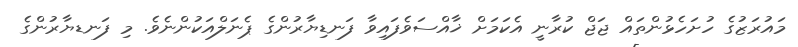
މައުރަޒުގެ ހުށަހެޅުންތައް ޖަޖް ކުރާނީ އެކަމަށް ޚާއްސަވެފައިވާ ފަނޑިޔާރުންގެ ޕެނަލްއަކުންނެވެ. މި ފަނޑޔާރުންގެ